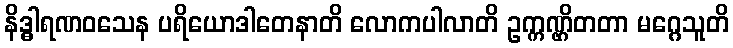
နိဒ္ဓါရဏဝသေန ပရိယောဒါတေနာတိ လောကပါလာတိ ဥက္ကဏ္ဌိတတာ မဂ္ဂေသူတိ